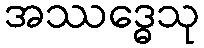
အဿဒ္ဓေသု